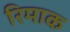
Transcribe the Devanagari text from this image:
रिमाक